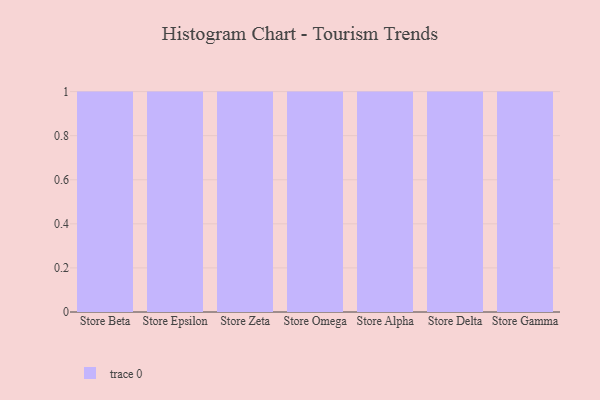
{"axis": {"x": "Store", "y": "Net Income (USD K)"}, "legend": [""], "data": [{"x": "Store Beta", "y": 37, "type": ""}, {"x": "Store Epsilon", "y": 50, "type": ""}, {"x": "Store Zeta", "y": 82, "type": ""}, {"x": "Store Omega", "y": 39, "type": ""}, {"x": "Store Alpha", "y": 81, "type": ""}, {"x": "Store Delta", "y": 81, "type": ""}, {"x": "Store Gamma", "y": 61, "type": ""}]}